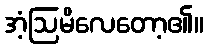
အံ့ဩမိလေတော့၏။